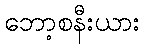
ဘော့စနီးယား